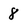
Character: 8